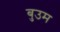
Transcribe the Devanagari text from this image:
बुउम